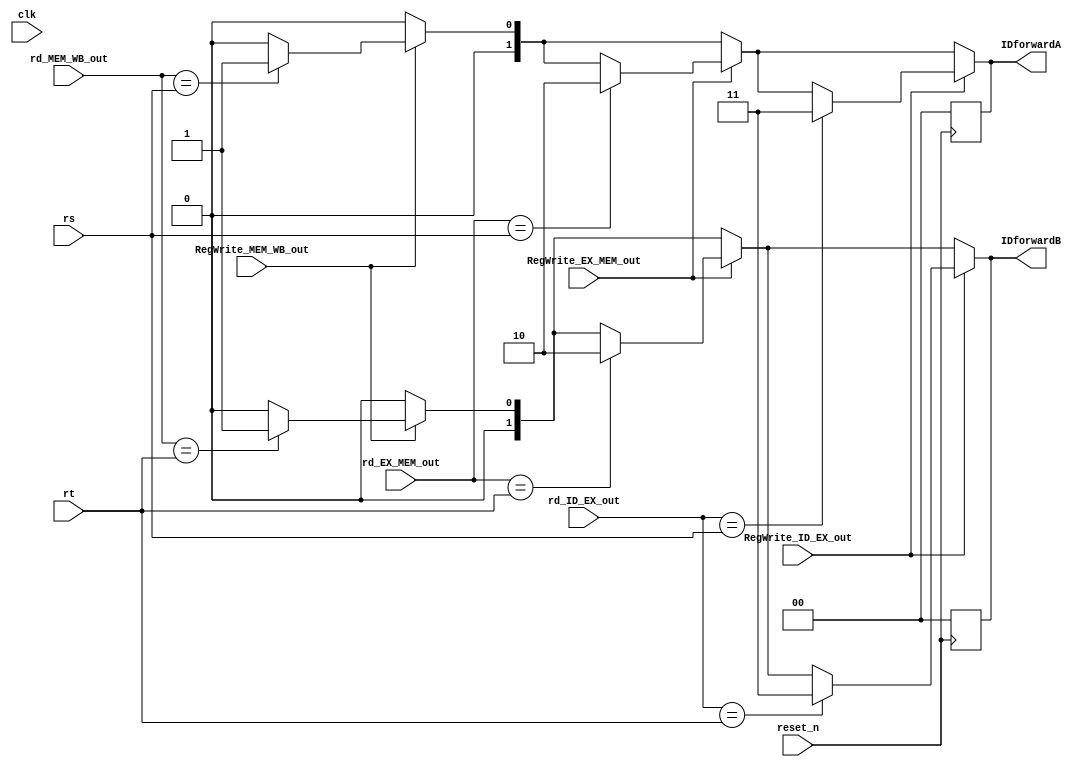
module IDForwardUnit(clk, reset_n, RegWrite_ID_EX_out, RegWrite_EX_MEM_out, RegWrite_MEM_WB_out, rd_ID_EX_out, rd_EX_MEM_out, rd_MEM_WB_out, rs, rt, IDforwardA, IDforwardB);
    input clk, reset_n;

    input [1:0] rd_ID_EX_out;
    input [1:0] rd_EX_MEM_out;
    input [1:0] rd_MEM_WB_out;
    input [1:0] rs;
    input [1:0] rt;
    input RegWrite_ID_EX_out;
    input RegWrite_EX_MEM_out;
    input RegWrite_MEM_WB_out;


    output [1:0] IDforwardA;
    output [1:0] IDforwardB;

    reg [1:0] IDforwardA;
    reg [1:0] IDforwardB;

    initial begin
        IDforwardA <= 2'b0;
        IDforwardB <= 2'b0;
    end

    always @(negedge reset_n) begin
        IDforwardA <= 2'b0;
        IDforwardB <= 2'b0;
    end

    always @(*) begin

        IDforwardA = 2'b0;
        IDforwardB = 2'b0;

        if(RegWrite_MEM_WB_out  /*&& !RegWrite_EX_MEM_out && !RegWrite_ID_EX_out*/)  begin 
            if((rd_MEM_WB_out == rs)) begin
                IDforwardA = 2'b01; //mem
            end
            if ((rd_MEM_WB_out == rt)) begin
                IDforwardB = 2'b01;
            end
        end

        if(RegWrite_EX_MEM_out /*&& !RegWrite_MEM_WB_out  && !RegWrite_ID_EX_out*/) begin
            if((rd_EX_MEM_out == rs)) begin
                IDforwardA = 2'b10; //ex
            end
            if ((rd_EX_MEM_out == rt)) begin
                IDforwardB = 2'b10;
            end
        end

        if(RegWrite_ID_EX_out /*&& !RegWrite_MEM_WB_out  && !RegWrite_EX_MEM_out*/) begin
            if((rd_ID_EX_out == rs)) begin
                IDforwardA = 2'b11; //id
            end
            if ((rd_ID_EX_out == rt)) begin
                IDforwardB = 2'b11;
            end
        end


        
    end
endmodule